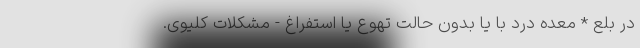
در بلع * معده درد با یا بدون حالت تهوع یا استفراغ - مشکلات کلیوی.